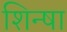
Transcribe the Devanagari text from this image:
शिन्षा